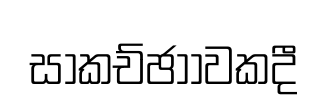
සාකච්ඡාාවකදී